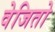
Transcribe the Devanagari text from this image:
वेजितो